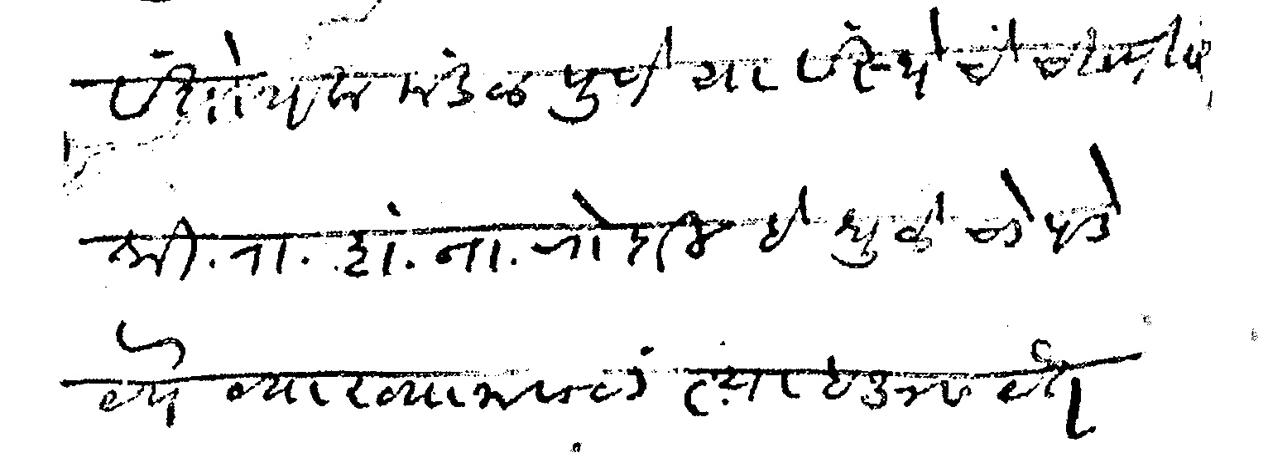
Transliteration (Devanagari): संशोधक मंडळ पुणे या संस्थेचे चिटणीस श्री रा शं ना जोशी हे धुळे चोपडे येथे व्याख्यानासाठी त्याबाजूस येत